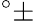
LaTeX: ^{\circ}\pm